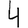
Digit: 4